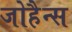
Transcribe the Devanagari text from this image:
जोहैन्स